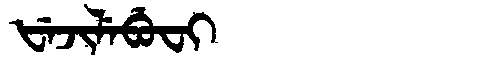
Manchu: ᡶᡝᠵᡳᠯᡝᠪᡠᠸᡳ
Romanization: FEJILEBUFI